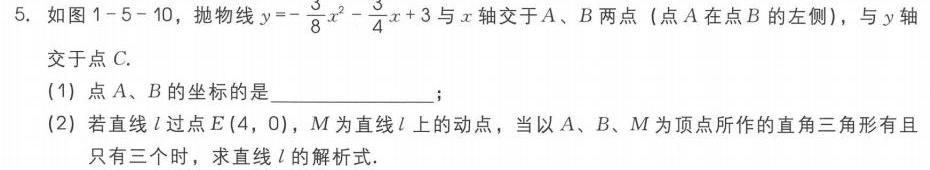
5. 如图1 - 5 - 10，抛物线\(y = -\frac{3}{8}x^{2}-\frac{3}{4}x + 3\)与\(x\)轴交于\(A、B\)两点（点\(A\)在点\(B\)的左侧），与\(y\)轴交于点\(C\).
(1) 点\(A、B\)的坐标是  ；
(2) 若直线\(l\)过点\(E(4,0)\)，\(M\)为直线\(l\)上的动点，当以\(A、B、M\)为顶点所作的直角三角形有且只有三个时，求直线\(l\)的解析式.